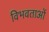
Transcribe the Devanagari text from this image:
विभवताओं